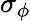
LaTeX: \sigma_{\phi}